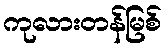
ကုလားတန်မြစ်